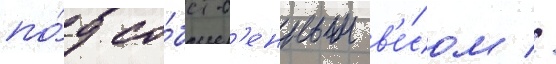
по́д со́бств'енным в'е́сом //